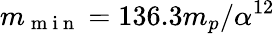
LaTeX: m_{\mathrm{~m~i~n~}}=136.3m_{p}/\alpha^{12}